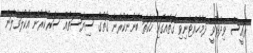
ރައީސް ވިދާޅުވީ ދެމެހެއްޓެނިވި ގޮތެއްގައި ހަކަތަ ބޭނުންކުރާނެ ގޮތުގެ ސިޔާސަތެއް ސަރުކާރުން އެކުލަވާލަން